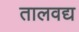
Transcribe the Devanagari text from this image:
तालवद्य